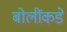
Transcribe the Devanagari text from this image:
बोलींकडे